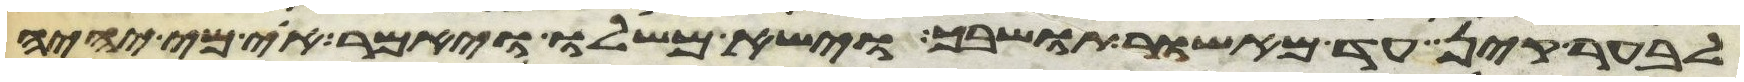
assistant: לבער קין עד מאשור תושבך וישא משלו ויאמר אוי מי יהיה